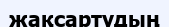
жақсартудың